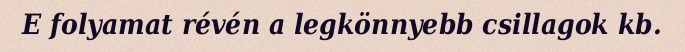
E folyamat révén a legkönnyebb csillagok kb.